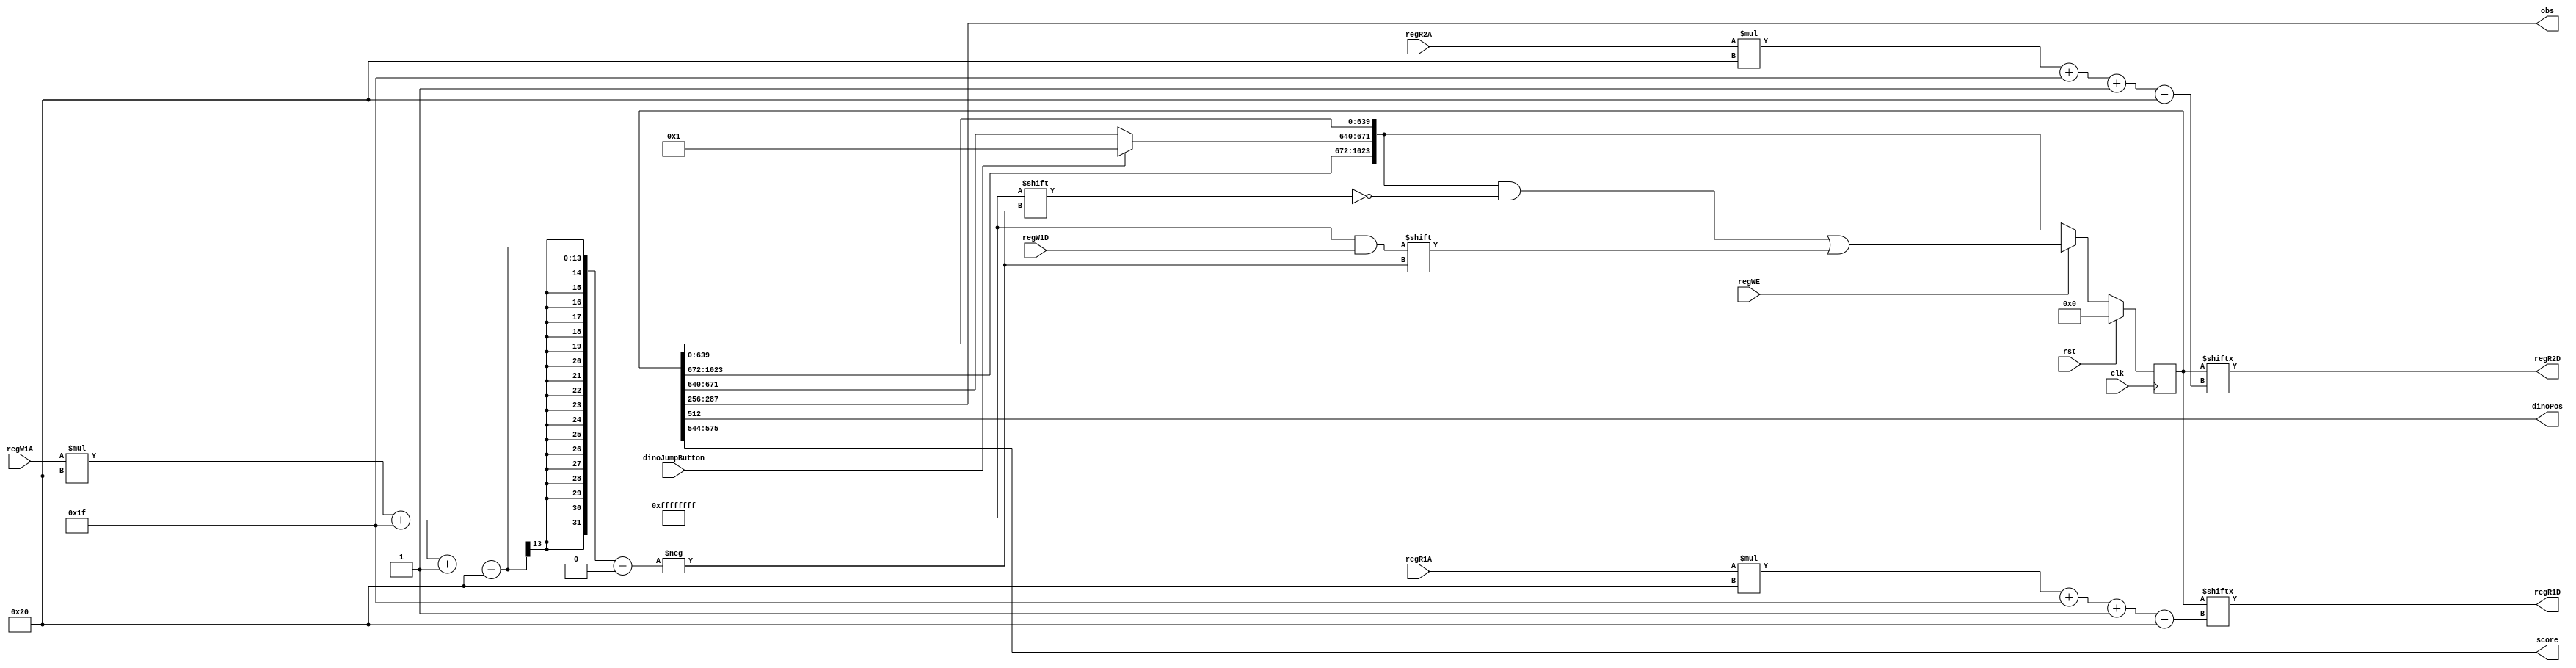
/*
   This file was generated automatically by the Mojo IDE version B1.3.3.
   Do not edit this file directly. Instead edit the original Lucid source.
   This is a temporary file and any changes made to it will be destroyed.
*/

module reg_7 (
    input clk,
    input rst,
    input regWE,
    input [4:0] regR1A,
    input [4:0] regR2A,
    output reg [31:0] regR1D,
    output reg [31:0] regR2D,
    input [4:0] regW1A,
    input [31:0] regW1D,
    output reg [31:0] obs,
    input dinoJumpButton,
    output reg dinoPos,
    output reg [31:0] score
  );
  
  
  
  reg [1023:0] M_ctr_d, M_ctr_q = 1'h0;
  
  always @* begin
    M_ctr_d = M_ctr_q;
    
    obs = 1'h0;
    dinoPos = M_ctr_q[512+0+0-:1];
    if (dinoJumpButton == 1'h1) begin
      M_ctr_d[640+31-:32] = 1'h1;
    end
    if (regWE == 1'h1) begin
      M_ctr_d[(regW1A)*32+31-:32] = regW1D;
    end
    regR1D = M_ctr_q[(regR1A)*32+31-:32];
    regR2D = M_ctr_q[(regR2A)*32+31-:32];
    obs = M_ctr_q[256+31-:32];
    score = M_ctr_q[544+31-:32];
    if (rst) begin
      M_ctr_d = 1024'h0000000000000000000000000000000000000000000000000000000000000000000000000000000000000000000000000000000000000000000000000000000000000000000000000000000000000000000000000000000000000000000000000000000000000000000000000000000000000000000000000000000000000000;
    end
  end
  
  always @(posedge clk) begin
    if (rst == 1'b1) begin
      M_ctr_q <= 1'h0;
    end else begin
      M_ctr_q <= M_ctr_d;
    end
  end
  
endmodule